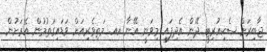
ޖާބިރަށް ސެކިއުރިޓީ ދޭން އެދިފައި މިވަނީ އޭނާ އއ. މަތިވެރިއަށް ވަޑައިގަތުމުން އެރަށުން